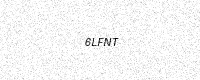
Text: 6LFNT